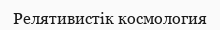
Релятивистік космология